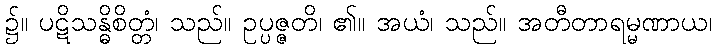
၌။ ပဋိသန္ဓိစိတ္တံ၊ သည်။ ဥပ္ပဇ္ဇတိ၊ ၏။ အယံ၊ သည်။ အတီတာရမ္မဏာယ၊